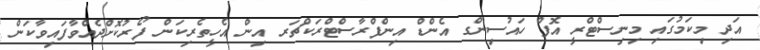
އަދި މިކަމުގައި މިނިސްޓްރީ އޮފް ހައުސިންގ އެންޑް އިންފްރާސްޓްރަކްޗަރ އިން އެހީތެރިކަން ފޯރުކޮށްދެއްވާފައިވާކަން